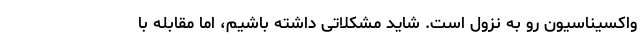
واکسیناسیون رو به نزول است. شاید مشکلاتی داشته باشیم، اما مقابله با